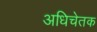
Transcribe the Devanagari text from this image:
अधिचेतक